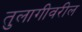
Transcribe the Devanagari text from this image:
तुलागीवरील